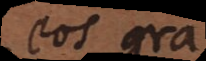
eos grav